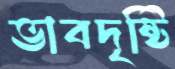
ভাবদৃষ্টি